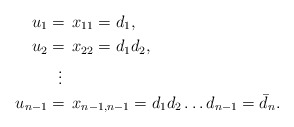
\begin{align*}u_{1}& =\, x_{11}=d_1, \\u_{2}& =\, x_{22}=d_1d_2,\\&\ \ \vdots\\u_{n-1}& =\, x_{n-1,n-1}=d_1d_2\dots d_{n-1}=\bar d_n.\end{align*}